Report on vaccination in the Province of Bengal - 1869-1873
Year: 1869
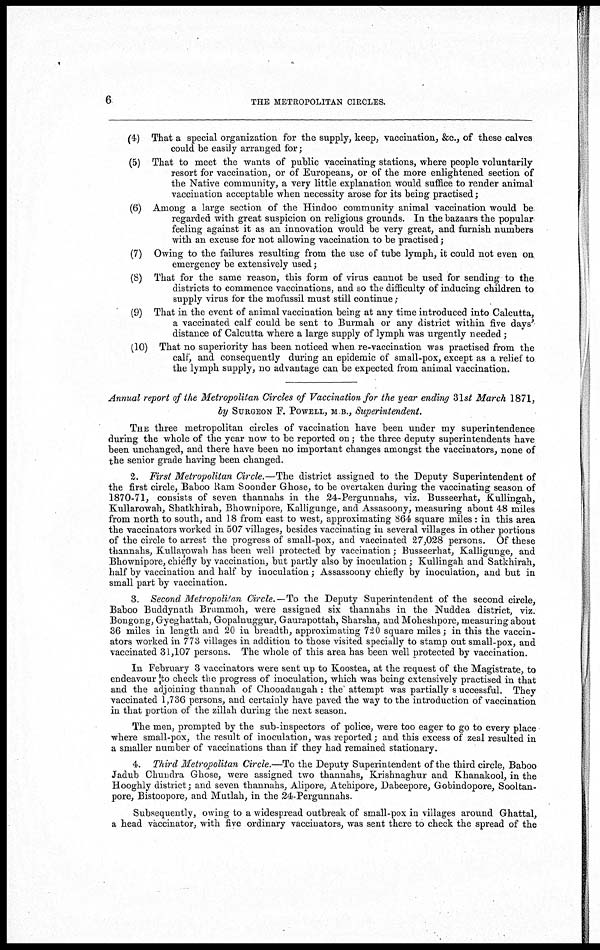
6
THE METROPOLITAN CIRCLES.
(4) That a special organization for the supply, keep, vaccination, &c., of these calves
could be easily arranged for;
(5) That to meet the wants of public vaccinating stations, where people voluntarily
resort for vaccination, or of Europeans, or of the more enlightened section of
the Native community, a very little explanation would suffice to render animal
vaccination acceptable when necessity arose for its being practised;
(6) Among a large section of the Hindoo community animal vaccination would be
regarded with great suspicion on religious grounds. In the bazaars the popular
feeling against it as an innovation would be very great, and furnish numbers
with an excuse for not allowing vaccination to be practised;
(7) Owing to the failures resulting from the use of tube lymph, it could not even on
emergency be extensively used;
(8) That for the same reason, this form of virus cannot be used for sending to the
districts to commence vaccinations, and so the difficulty of inducing children to
supply virus for the mofussil must still continue;
(9) That in the event of animal vaccination being at any time introduced into Calcutta,
a vaccinated calf could be sent to Burmah or any district within five days'
distance of Calcutta where a large supply of lymph was urgently needed;
(10) That no superiority has been noticed when re-vaccination was practised from the
calf, and consequently during an epidemic of small-pox, except as a relief to
the lymph supply, no advantage can be expected from animal vaccination.
Annual report of the Metropolitan Circles of Vaccination for the year ending 31st March 1871,
by SURGEON F. POWELL, M B., Superintendent.
THE three metropolitan circles of vaccination have been under my superintendence
during the whole of the year now to be reported on; the three deputy superintendents have
been unchanged, and there have been no important changes amongst the vaccinators, none of
the senior grade having been changed.
2. First Metropolitan Circle.—The district assigned to the Deputy Superintendent of
the first circle, Baboo Ram Soonder Ghose, to be overtaken during the vaccinating season of
1870-71, consists of seven thannahs in the 24-Pergunnahs, viz. Busseerhat, Kullingah,
Kullarowah, Shatkhirah, Bhownipore, Kalligunge, and Assasoony, measuring about 48 miles
from north to south, and 18 from east to west, approximating 864 square miles : in this area
the vaccinators worked in 507 villages, besides vaccinating in several villages in other portions
of the circle to arrest the progress of small-pox, and vaccinated 27,028 persons. Of these
thannahs, Kullarowah has been well protected by vaccination; Busseerhat, Kalligunge, and
Bhownipore, chiefly by vaccination, but partly also by inoculation; Kullingah and Satkhirah,
half by vaccination and half by inoculation; Assassoony chiefly by inoculation, and but in
small part by vaccination.
3. Second Metropolitan Circle.—To the Deputy Superintendent of the second circle,
Baboo Buddynath Brummoh, were assigned six thannahs in the Nuddea district, viz.
Bongong, Gyeghattah, Gopalnuggur, Gaurapottah, Sharsha, and Moheshpore, measuring about
36 miles in length and 20 in breadth, approximating 720 square miles; in this the vaccin-
ators worked in 773 villages in addition to those visited specially to stamp out small-pox, and
vaccinated 31,107 persons. The whole of this area has been well protected by vaccination.
In February 3 vaccinators were sent up to Koostea, at the request of the Magistrate, to
endeavour to check the progress of inoculation, which was being extensively practised in that
and the adjoining thannah of Chooadangah : the attempt was partially successful. They
vaccinated 1,736 persons, and certainly have paved the way to the introduction of vaccination
in that portion of the zillah during the next season.
The men, prompted by the sub-inspectors of police, were too eager to go to every place
where small-pox, the result of inoculation, was reported; and this excess of zeal resulted in
a smaller number of vaccinations than if they had remained stationary.
4. Third Metropolitan Circle.—To the Deputy Superintendent of the third circle, Baboo
Jadub Chundra Ghose, were assigned two thannahs, Krishnaghur and Khanakool, in the
Hooghly district; and seven thannahs, Alipore, Atchipore, Dabeepore, Gobindopore, Sooltan-
pore, Bistoopore, and Mutlah, in the 24-Pergunnahs.
Subsequently, owing to a widespread outbreak of small-pox in villages around Ghattal,
a head vaccinator, with five ordinary vaccinators, was sent there to check the spread of the